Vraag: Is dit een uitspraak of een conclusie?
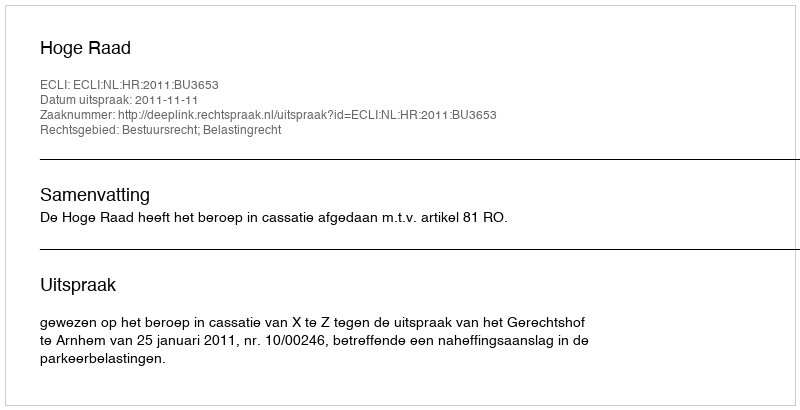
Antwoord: Uitspraak